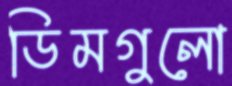
ডিমগুলো